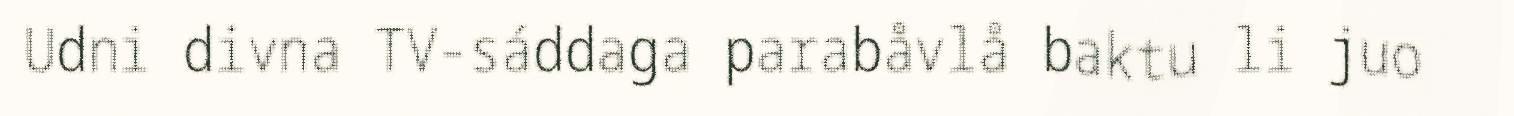
Udni divna TV-sáddaga parabåvlå baktu li juo